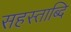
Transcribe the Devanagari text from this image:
सहस्ताब्दि